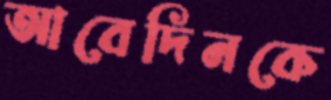
আবেদিনকে